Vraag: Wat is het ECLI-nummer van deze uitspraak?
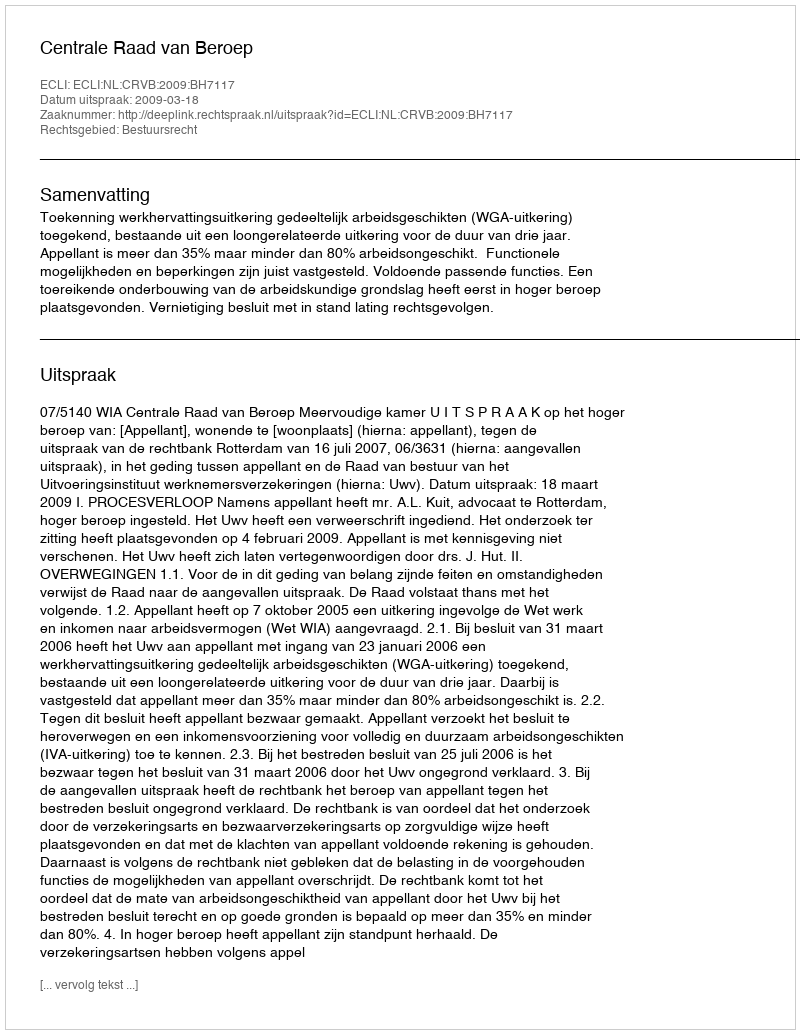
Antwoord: ECLI:NL:CRVB:2009:BH7117